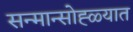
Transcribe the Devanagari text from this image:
सन्मान्सोह्ळ्यात